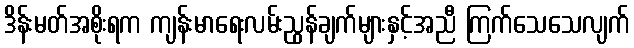
ဒိန်းမတ်အစိုးရက ကျန်းမာရေးလမ်းညွန်ချက်များနှင့်အညီ ကြက်သေသေလျက်